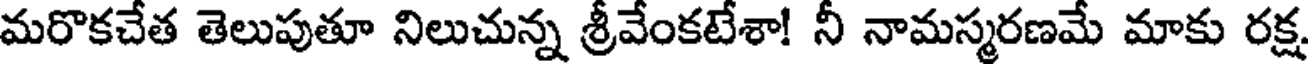
మరొకచేత తెలుపుతూ నిలుచున్న శ్రీవేంకటేశా! నీ నామస్మరణమే మాకు రక్ష